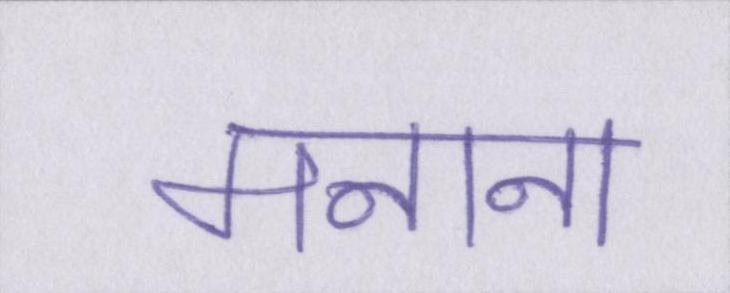
मनाना